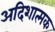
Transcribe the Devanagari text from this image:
अदिशात्मक